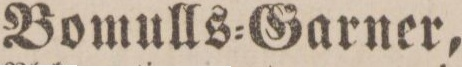
Bomulls=Garner,